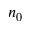
n _ { 0 }